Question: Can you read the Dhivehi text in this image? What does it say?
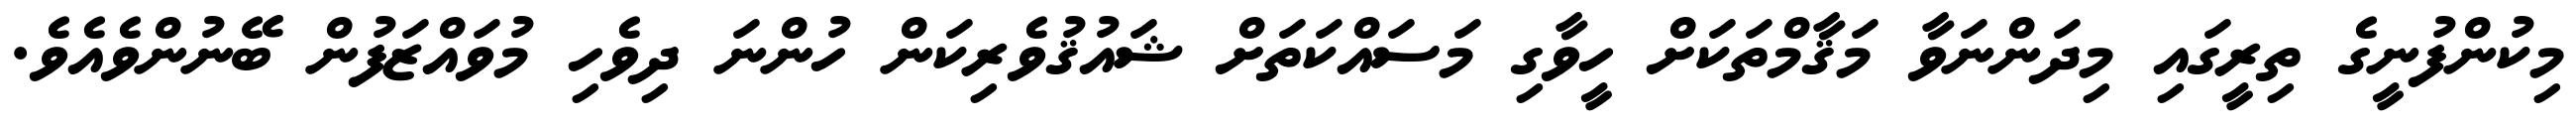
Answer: މިކުންފުނީގެ ތިރީގައި މިދަންނަވާ މަޤާމްތަކަށް ހީވާގި މަސައްކަތަށް ޝައުޤުވެރިކަން ހުންނަ ދިވެހި މުވައްޒަފުން ބޭނުންވެއެވެ.